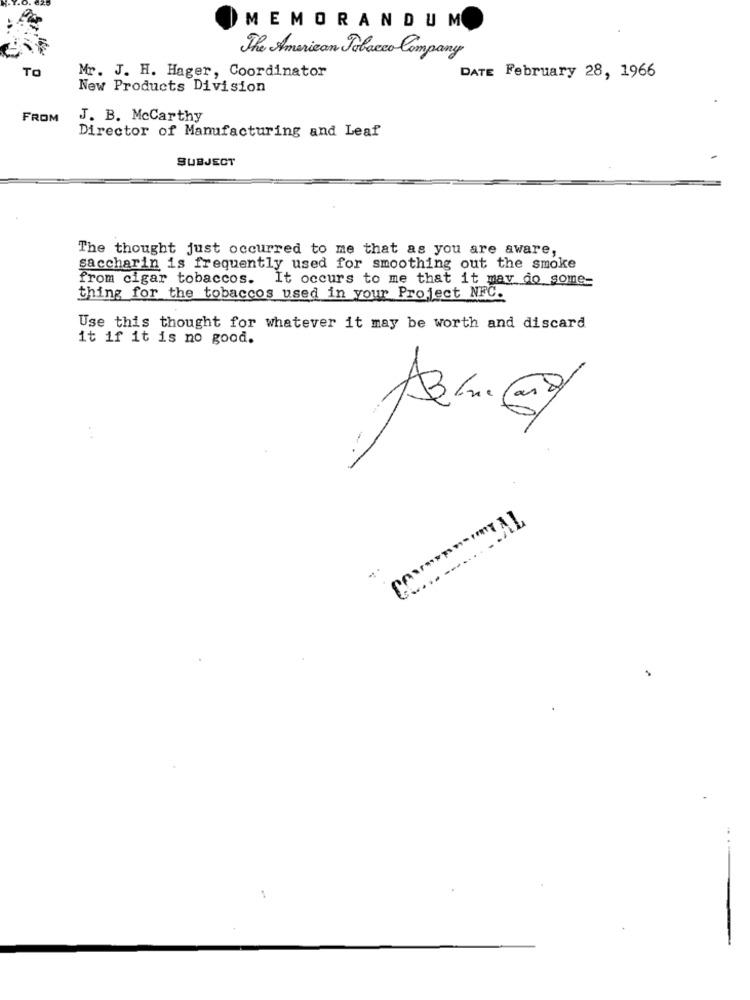
MEMORANDUM
The American Tobacco Company
TO
Mr. J. H. Hager, Coordinator
DATE February 28, 1966
New Products Division
FROM
J. B. McCarthy
Director of Manufacturing and Leaf
SUBJECT
The thought just occurred to me that as you are aware,
saccharin is frequently used for smoothing out the smoke
from cigar tobaccos. It occurs to me that it may do some=
thing for the tobaccos used in your Project NFC.
Use this thought for whatever it may be worth and discard
it if it is no good.
-
1